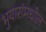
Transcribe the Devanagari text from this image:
भुयारांमधील